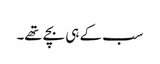
سب کے ہی بچے تھے۔